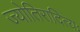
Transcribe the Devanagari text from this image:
ज्योतिरादित्यः